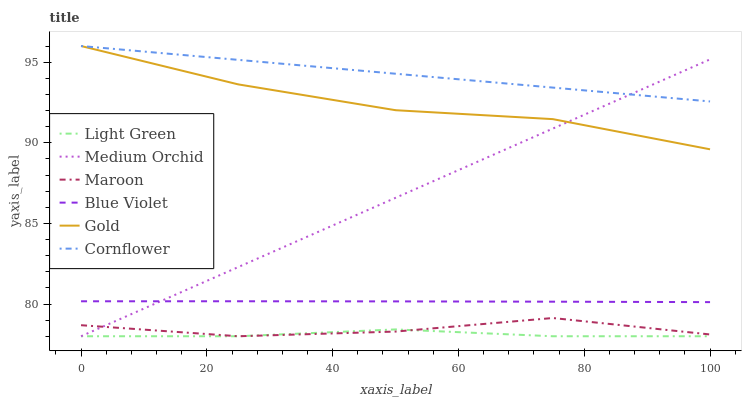
| xaxis_label | Light Green | Medium Orchid | Maroon | Blue Violet | Gold | Cornflower |
 | --- | --- | --- | --- | --- | --- | --- |
 | 0 | 78 | 78 | 78.7 | 80.2 | 96 | 96 |
 | 25 | 78 | 82.3 | 78 | 80.2 | 93.6 | 95.1 |
 | 50 | 78.4 | 86.6 | 78.3 | 80.2 | 92 | 94.3 |
 | 75 | 78 | 90.9 | 79.1 | 80.1 | 91.5 | 93.4 |
 | 100 | 78 | 95.2 | 78.1 | 80.1 | 89.6 | 92.6 |